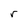
Character: r